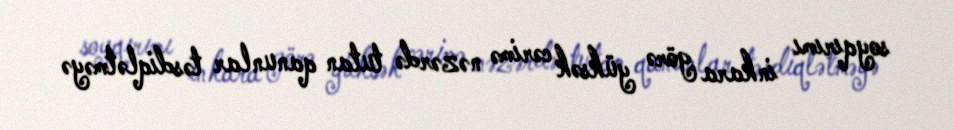
soyqırımı inkara görə yüksək cərimə nəzərdə tutan qanunlar təsdiqlətməyə